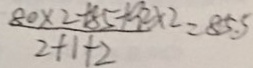
\frac { 8 0 \times 2 - 8 5 + 9 2 \times 2 } { 2 + 1 + 2 } = 8 5 . 5